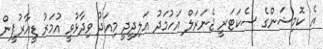
އެ ކޮމިޝަންގެ ސެކަޓަރީ ޖެނަރަލް އަހުމަދު އަލިދީދީ މިއަދު ވިދާޅުވީ އުމަރު ޑީއާރުޕީން